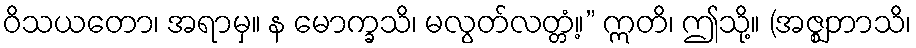
ဝိသယတော၊ အရာမှ။ န မောက္ခသိ၊ မလွတ်လတ္တံ့။” ဣတိ၊ ဤသို့။ (အဇ္ဈဘာသိ၊